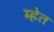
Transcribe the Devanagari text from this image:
म्हेत